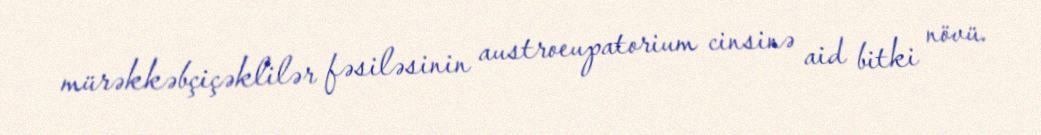
mürəkkəbçiçəklilər fəsiləsinin austroeupatorium cinsinə aid bitki növü.